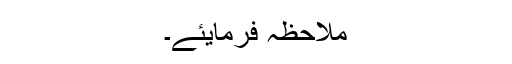
ملاحظہ فرمایئے۔